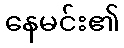
နေမင်း၏